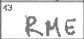
Transcription: RME